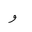
Letter: _waw